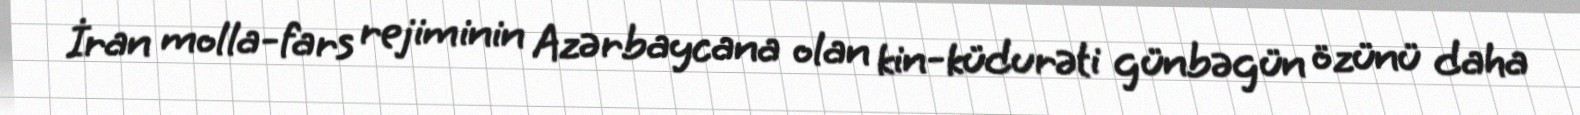
İran molla-fars rejiminin Azərbaycana olan kin-küdurəti günbəgün özünü daha